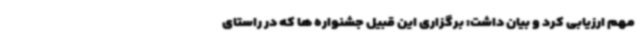
مهم ارزیابی کرد و بیان داشت: برگزاری این قبیل جشنواره ها که در راستای